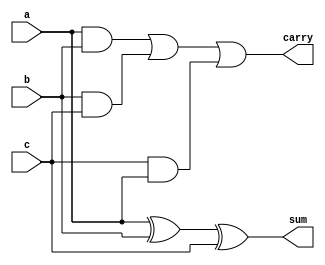
`timescale 1ns / 1ps
module new33(a,b,c,sum,carry);
input a,b,c;
output wire sum,carry;
assign sum=a^b^c;
assign carry=(a&b)|(b&c)|(c&a);
endmodule